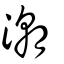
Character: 潮